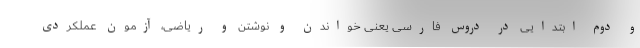
و دوم ابتدایی در دروس فارسی یعنی خواندن و نوشتن و ریاضی، آزمون عملکردی